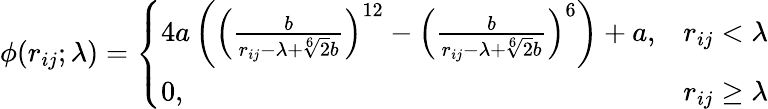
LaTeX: \begin{array}{r}{\phi(r_{ij};\lambda)=\left\{ \begin{array}{ll}{4a\left(\left(\frac{b}{r_{ij}-\lambda+\sqrt[6]{2}b}\right)^{12}-\left(\frac{b}{r_{ij}-\lambda+\sqrt[6]{2}b}\right)^{6}\right)+a,}&{r_{ij}<\lambda}\\ {0,}&{r_{ij}\ge\lambda}\end{array}\right.}\end{array}